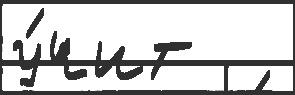
у́чит